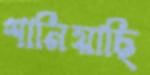
শানিয়াছি